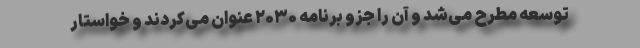
توسعه مطرح می‌شد و آن را جزو برنامه ۲۰۳۰ عنوان می‌کردند و خواستار